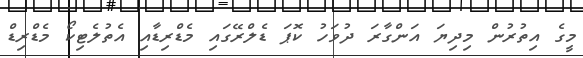
މީގެ އިތުރުން މިދިޔަ އަންގާރަ ދުވަހު ކޮޕަ ޑެލްރޭގައި މެޑްރިޑާއި އެތުލެޓިކޯ މެޑްރިޑް